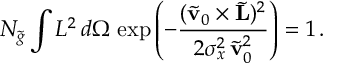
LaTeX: N _ { \tilde { g } } \int L ^ { 2 } \, d \Omega \, \exp \left( - \frac { ( \tilde { \bf v } _ { 0 } \times \tilde { \bf L } ) ^ { 2 } } { 2 \sigma _ { x } ^ { 2 } \, \tilde { \bf v } _ { 0 } ^ { 2 } } \right) = 1 \, .